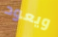
ويعود